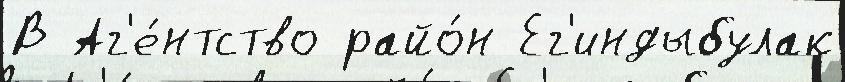
В Аг'е́нтство райо́н Ег'индыбулак